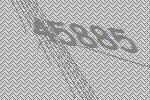
45885